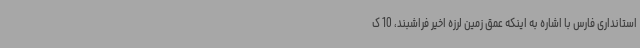
استانداری فارس با اشاره به اینکه عمق زمین لرزه اخیر فراشبند، 10 ک